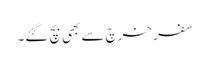
سفر خرچ سے بھی بچ گئے۔